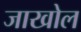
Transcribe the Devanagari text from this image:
जाखोल